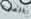
الصودا